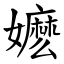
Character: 嬷